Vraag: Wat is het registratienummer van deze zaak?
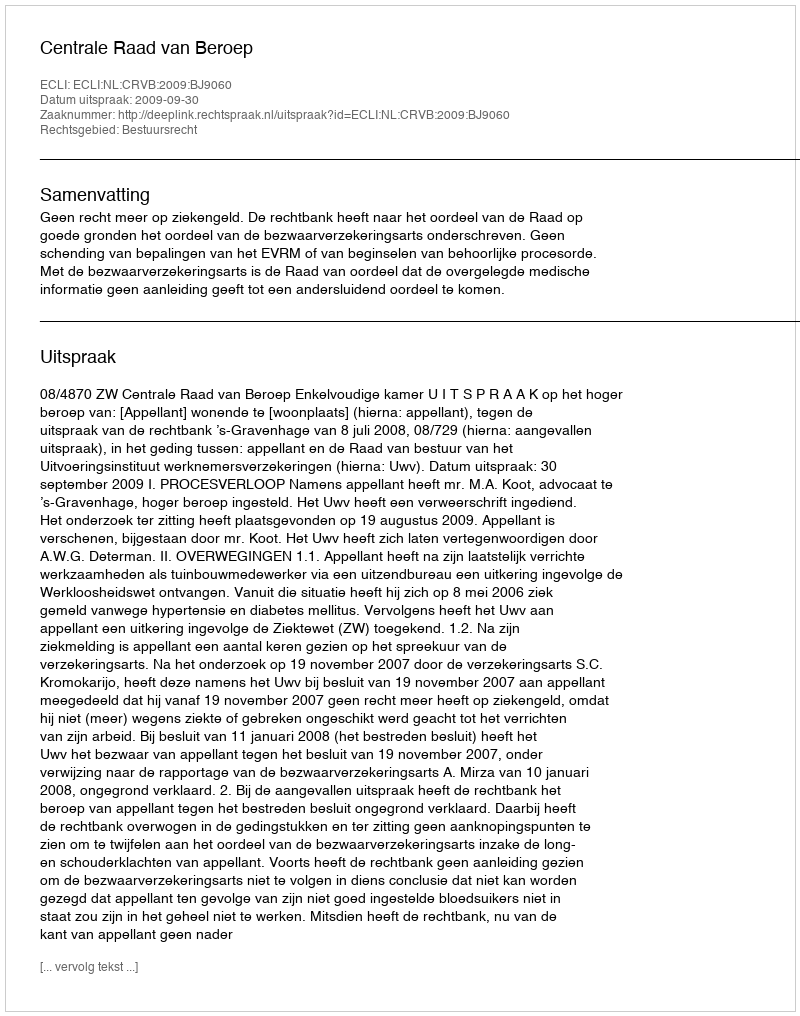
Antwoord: http://deeplink.rechtspraak.nl/uitspraak?id=ECLI:NL:CRVB:2009:BJ9060